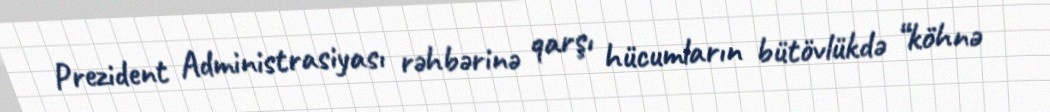
Prezident Administrasiyası rəhbərinə qarşı hücumların bütövlükdə “köhnə